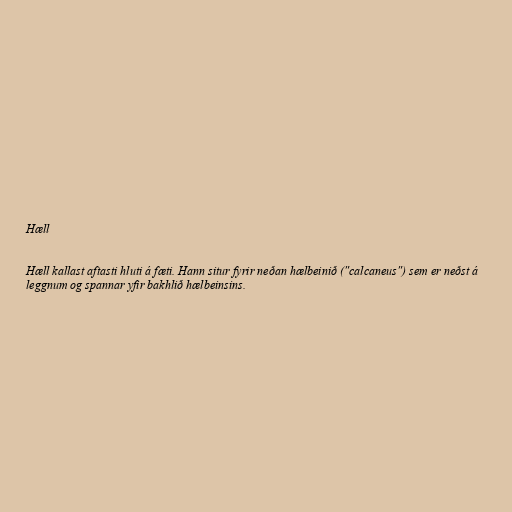
Hæll

Hæll kallast aftasti hluti á fæti. Hann situr fyrir neðan hælbeinið ("calcaneus") sem er neðst á
leggnum og spannar yfir bakhlið hælbeinsins.